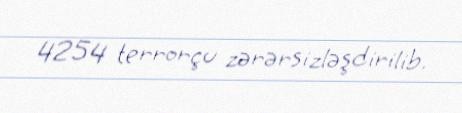
4254 terrorçu zərərsizləşdirilib.